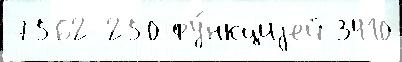
7562 250 фу́нкциjей 3410